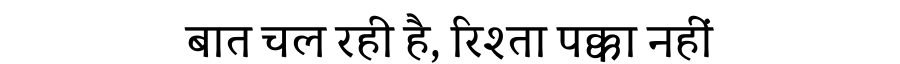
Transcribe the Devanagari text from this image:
बात चल रही है, रिश्ता पक्का नहीं